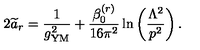
2 { \widetilde a } _ { r } = { \frac { 1 } { g _ { \mathrm { { \small Y M } } } ^ { 2 } } } + { \frac { \beta _ { 0 } ^ { ( r ) } } { 1 6 \pi ^ { 2 } } } \ln \left( { \frac { \Lambda ^ { 2 } } { p ^ { 2 } } } \right) .